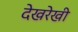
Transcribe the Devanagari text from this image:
देखरेखी